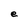
Character: e